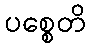
ပစ္စေတိ